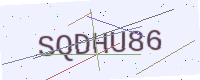
Text: SQDHU86